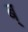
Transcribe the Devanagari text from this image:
ब्‌